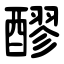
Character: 醪